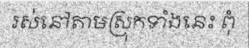
រស់នៅតាមស្រុកទាំងនេះ ពុំ